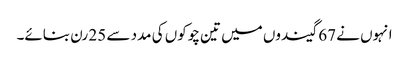
انہوں نے 67 گیندوں میں تین چوکوں کی مدد سے 25 رن بنائے۔